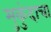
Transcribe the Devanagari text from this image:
मुकुंदाचा